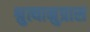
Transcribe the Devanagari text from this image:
श्रुत्यानुप्रास